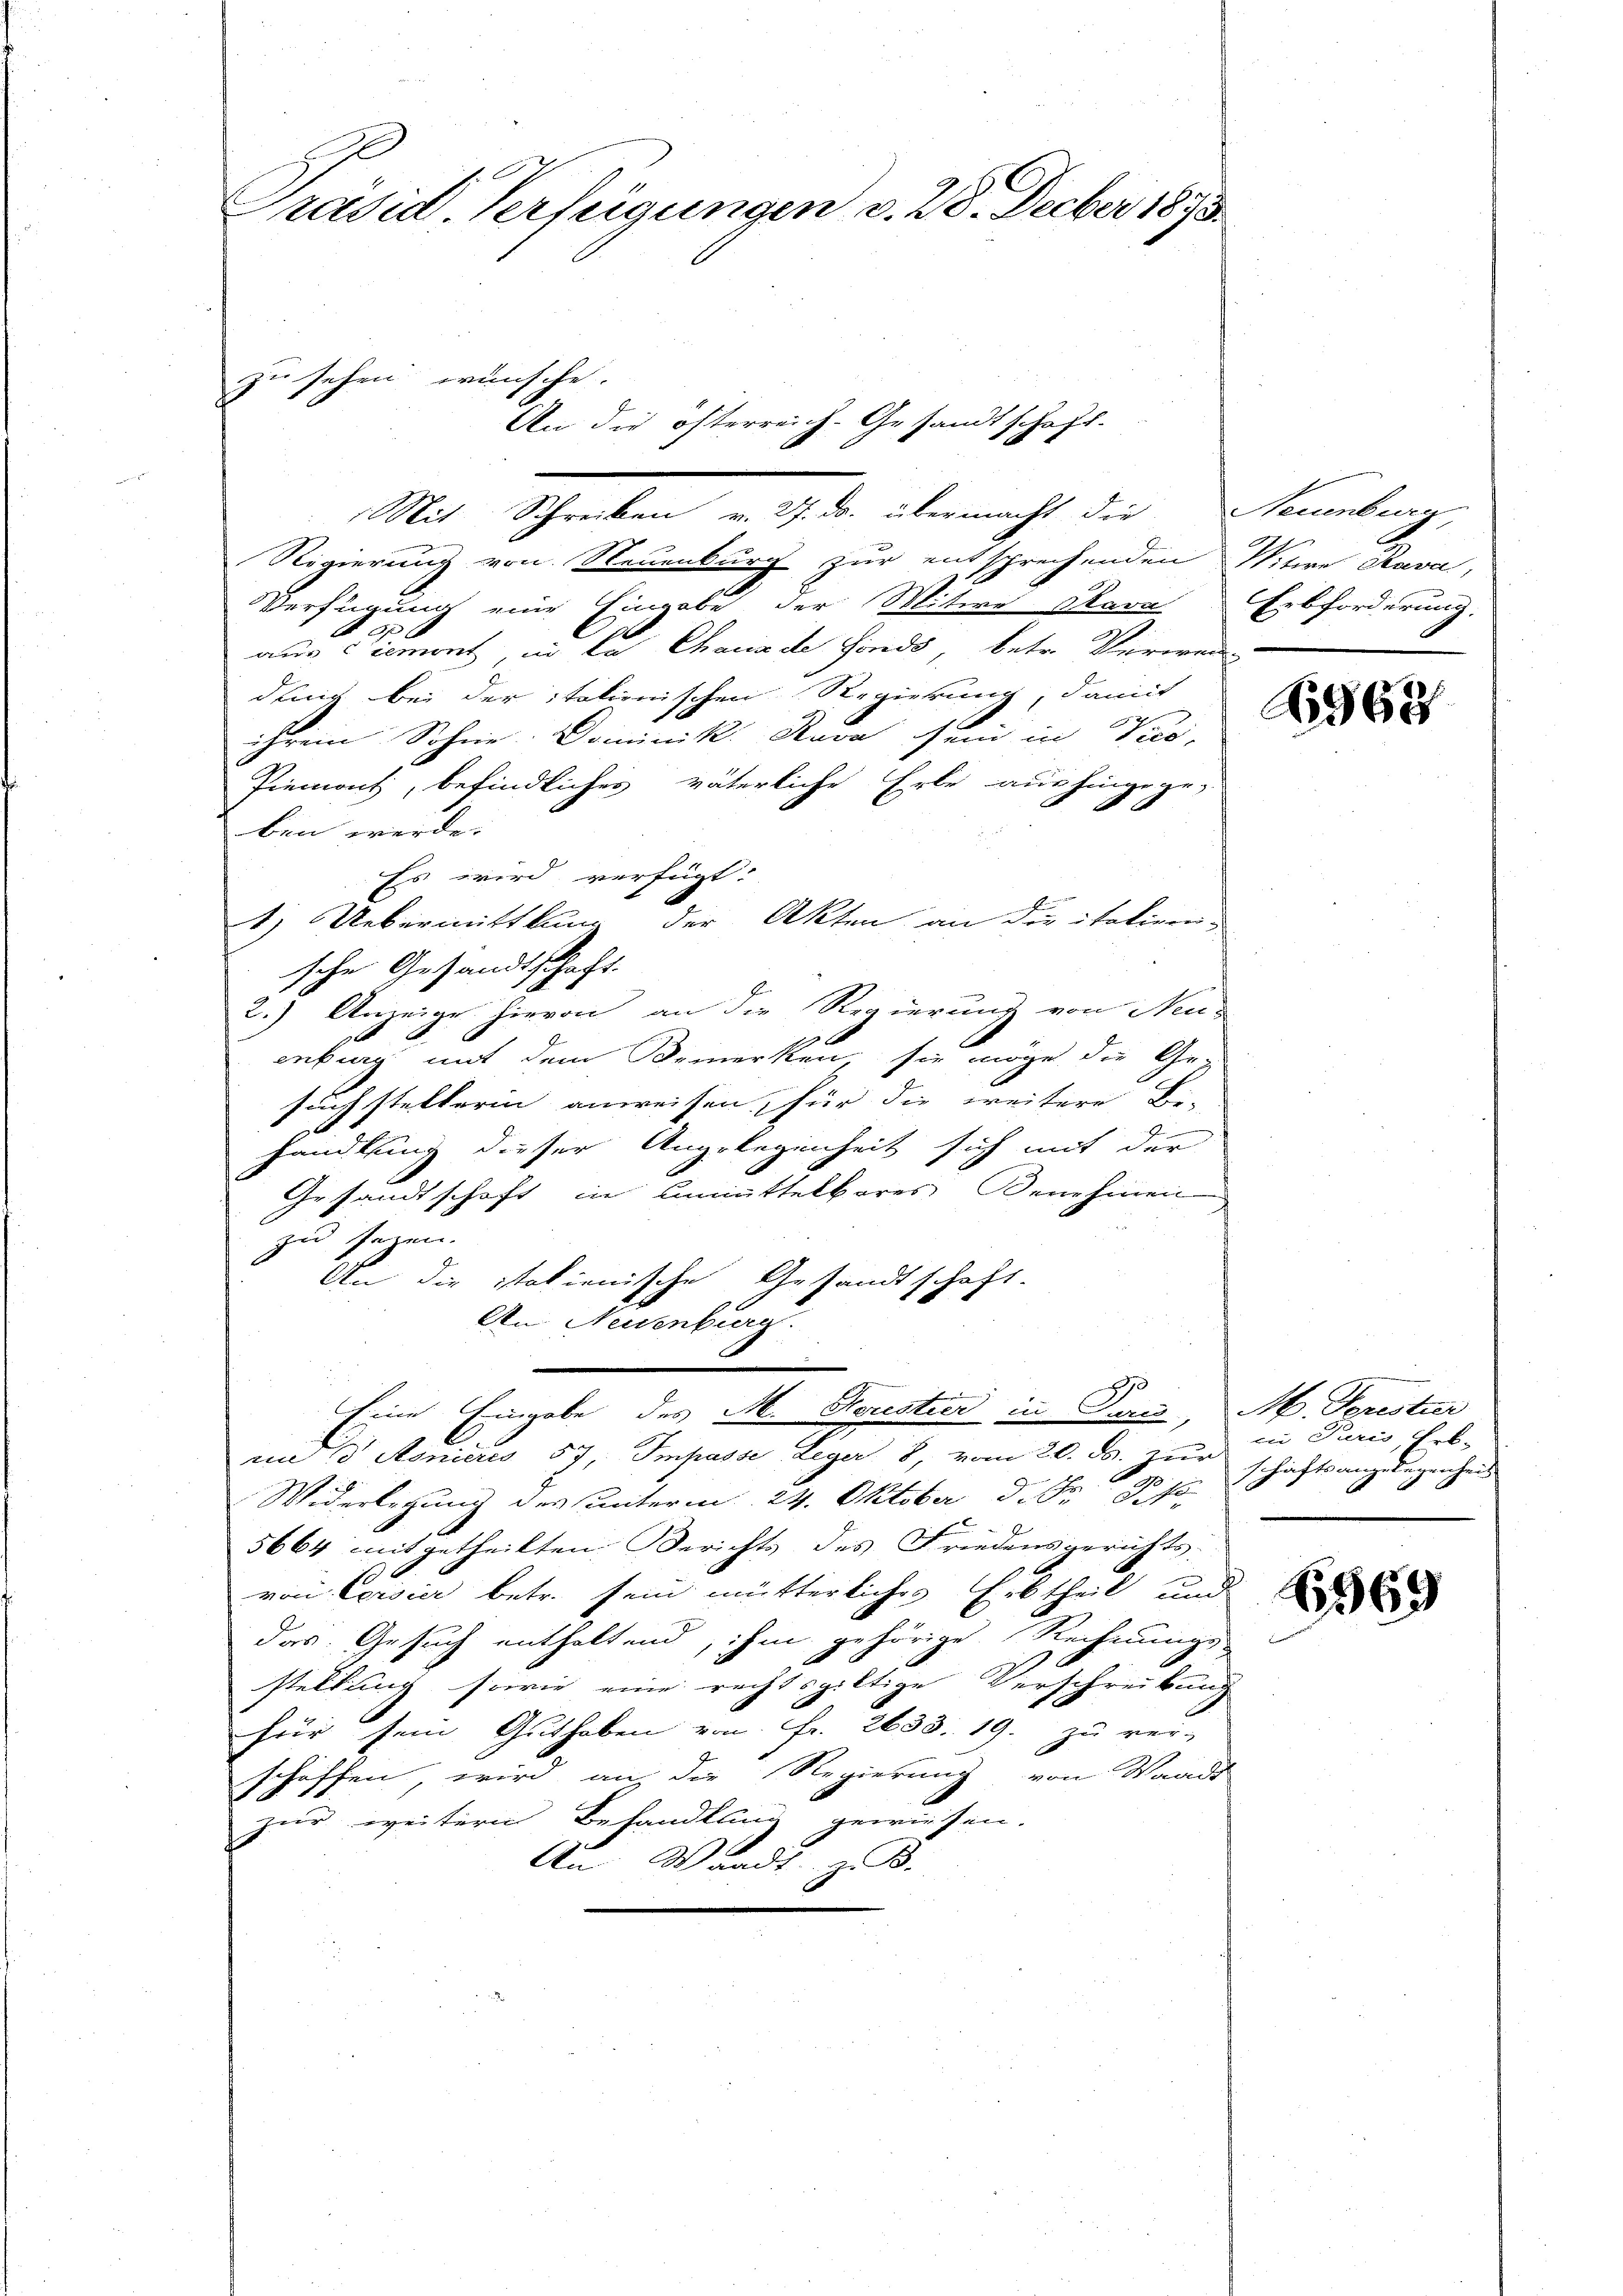
Prasid Verfügungen v. 28. Decber 1890.

Mit Schreiben v. 27. ds. übermacht die Neuenburg,
Regierung von Steuenburg zur entsprechenden Witwe Kava,
Verfügung eine Eingabe der Witwe Mara Erbforderung,
e
aus Piemont in das Chaux de fonds, betr. Verwei
deis bei der italienischen Regierung, damit
ihrem Sohne Dominik. Rava sein in Vice-
Piemont, befindliches väterliche Erbe aushingege-
ben werde.
Es wird verfügt:
1) Uebermittlung der Akten an die italigen-
sche Gesandtschaft.
2.) Anzeige hievon an die Regierung von Neu-
enburg mit dem Bemerken, sie möge die Ge-
such stellerin anweisen, für die weitere Be-
handlung dieser Angelegenheit sich mit der
Gesandtschaft in unmittelbares Benehmen
zu sagen.
An die italienische Gesandtschaft.
An Neuenburg.
80
Eine Eingabe des M. Storestier in Glarus, M. Sprestier
im 3 Asnieres 57, Impasse Leger 8, vom 20. ds. zur
Pr
Widerlegung des unterm 24. Oktober d. J. 17
5664 mitgetheilten Berichts des Friedensgerichts-
von Corsier betr. sein mütterliches Erbtheil und
das. Gesuch enthaltend, ihm gehörige Rechnungs-
stellung sowie eine rechtsgültige Verschreibung
für sein Guthaben von Fr. 2633. 19. zu ver-
schaffen wird, an die Regierung, von Waadt
zur weitern Behandlung gewiesen.
An Waadt z. B.

g

sehen wünsche.

An die österreich-Gesandtschaft.

A963

in Puris, Erb-
schäftsangelegenheit

269